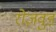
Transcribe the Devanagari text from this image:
रोज़वुड